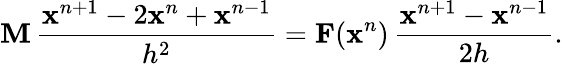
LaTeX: \mathbf{M}\, \frac{\mathbf{x}^{n+1}-2\mathbf{x}^{n}+\mathbf{x}^{n-1}}{h^{2}}=\mathbf{F}(\mathbf{x}^{n})\, \frac{\mathbf{x}^{n+1}-\mathbf{x}^{n-1}}{2h}.